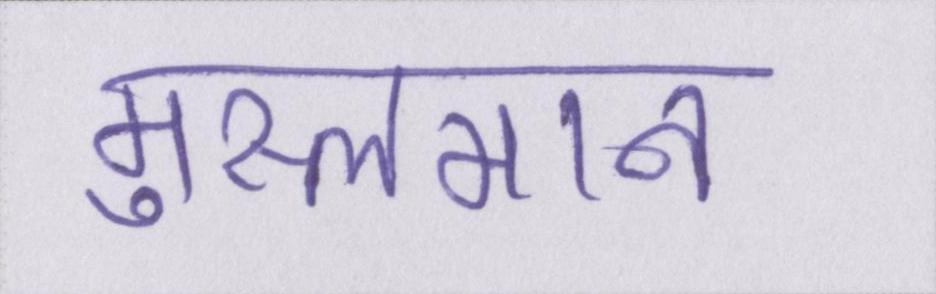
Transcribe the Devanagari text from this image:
मुस्लमान